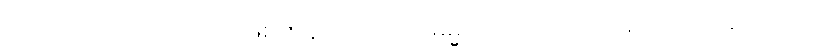
အကုသလာ၊ အကုသိုလ်ဖြစ်ကုန်သော။ တေဓမ္မာ၊ ထိုတရားတို့သည်။ အပရိသေသာ၊